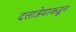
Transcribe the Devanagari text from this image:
दत्तात्रेयाकडून